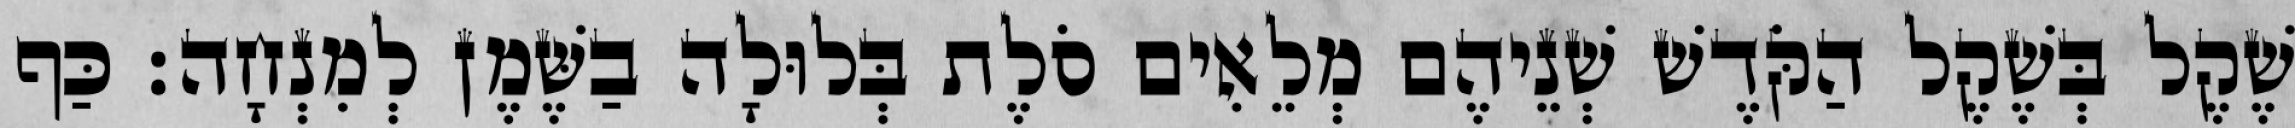
שֶׁקֶל בְּשֶׁקֶל הַקֹּדֶשׁ שְׁנֵיהֶם מְלֵאִים סֹלֶת בְּלוּלָה בַשֶּׁמֶן לְמִנְחָה׃ כַּף